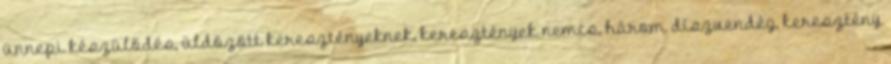
ünnepi készülődés, üldözött keresztényeknek, keresztények nemcs, három díszvendég, keresztény